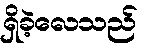
ရှိခဲ့လေသည်